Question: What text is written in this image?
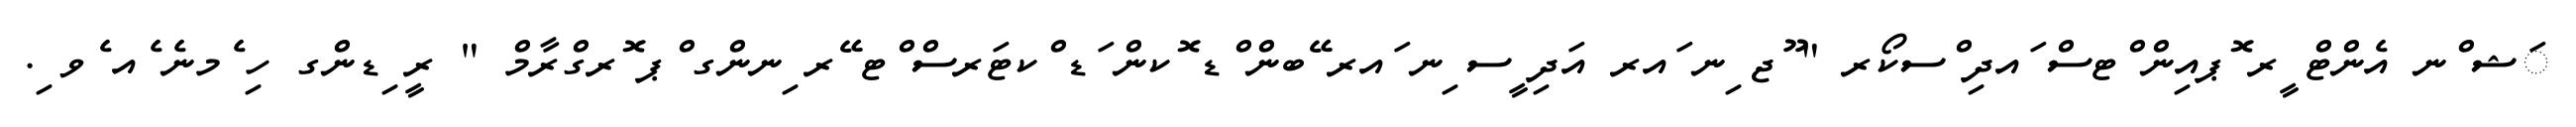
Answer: ަޝ ްނ އެންޓް ީރ ޮޕއިން ްޓސް ައދި ްސކޯރ " ޫޖ ިނ ައރ އަދި ީސ ިނ ައރ ޭބން ްޑ ޮކން ަޑ ްކޓަރސް ްޓ ޭރ ިނންގ ްޕ ޮރގްރާމް " ރީ ިޑންގ ހި ެމނެ ެއ ެވ ި.